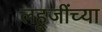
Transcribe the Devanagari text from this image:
लहूजींच्या